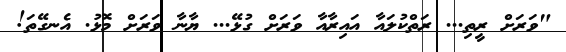
"ވަރަށް ރީތި... ރަތްކުލައާ އައިރާއާ ވަރަށް ގުޅޭ... ޔާނާ ވަރަށް މޮޅު. އެނގޭތަ!